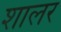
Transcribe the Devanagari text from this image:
शालर